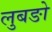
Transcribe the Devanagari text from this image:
लुबङो